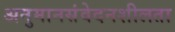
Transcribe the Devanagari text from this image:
अनुमानसंवेदनशीलता